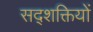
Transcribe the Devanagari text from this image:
सद्शक्तियों